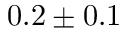
0 . 2 \pm 0 . 1